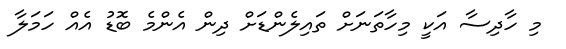
މި ހާދިސާ އަކީ މިހާތަނަށް ތައިލެންޑަށް ދިން އެންމެ ބޮޑު އެއް ހަމަލާ